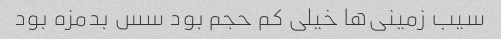
سیب زمینی‌ها خیلی کم حجم بود سس بدمزه بود